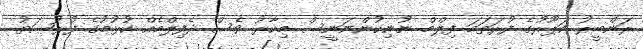
ރަންބީރު ކަޕޫރުގެ ފުރަތަމަ ފިލްމް ނުނިކުންނަނީސް މިހާރު ވެސް ދެފިލްމެއް ކުޅުމުގެ ފުރުޞަތު